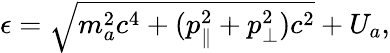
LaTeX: \begin{array}{r}{\epsilon=\sqrt{m_{a}^{2}c^{4}+(p_{\parallel}^{2}+p_{\perp}^{2})c^{2}}+U_{a},}\end{array}